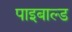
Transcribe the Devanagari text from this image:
पाइबाल्ड